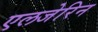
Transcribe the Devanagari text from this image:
एलजेरिन